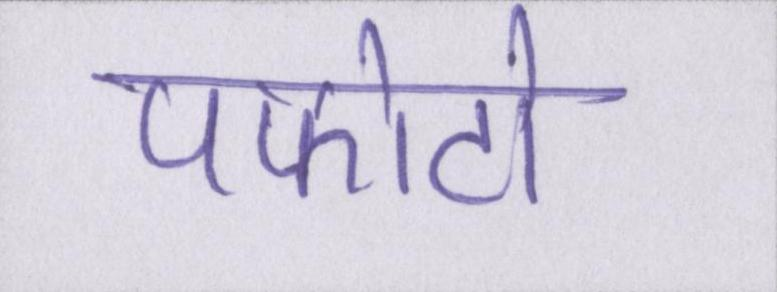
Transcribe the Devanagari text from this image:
पफोटो